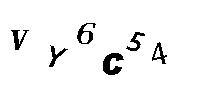
VY6C54